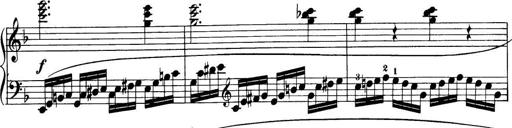
Title: 32 Sonatinas and Rondos for the Piano
Composer: Richard Kleinmichel